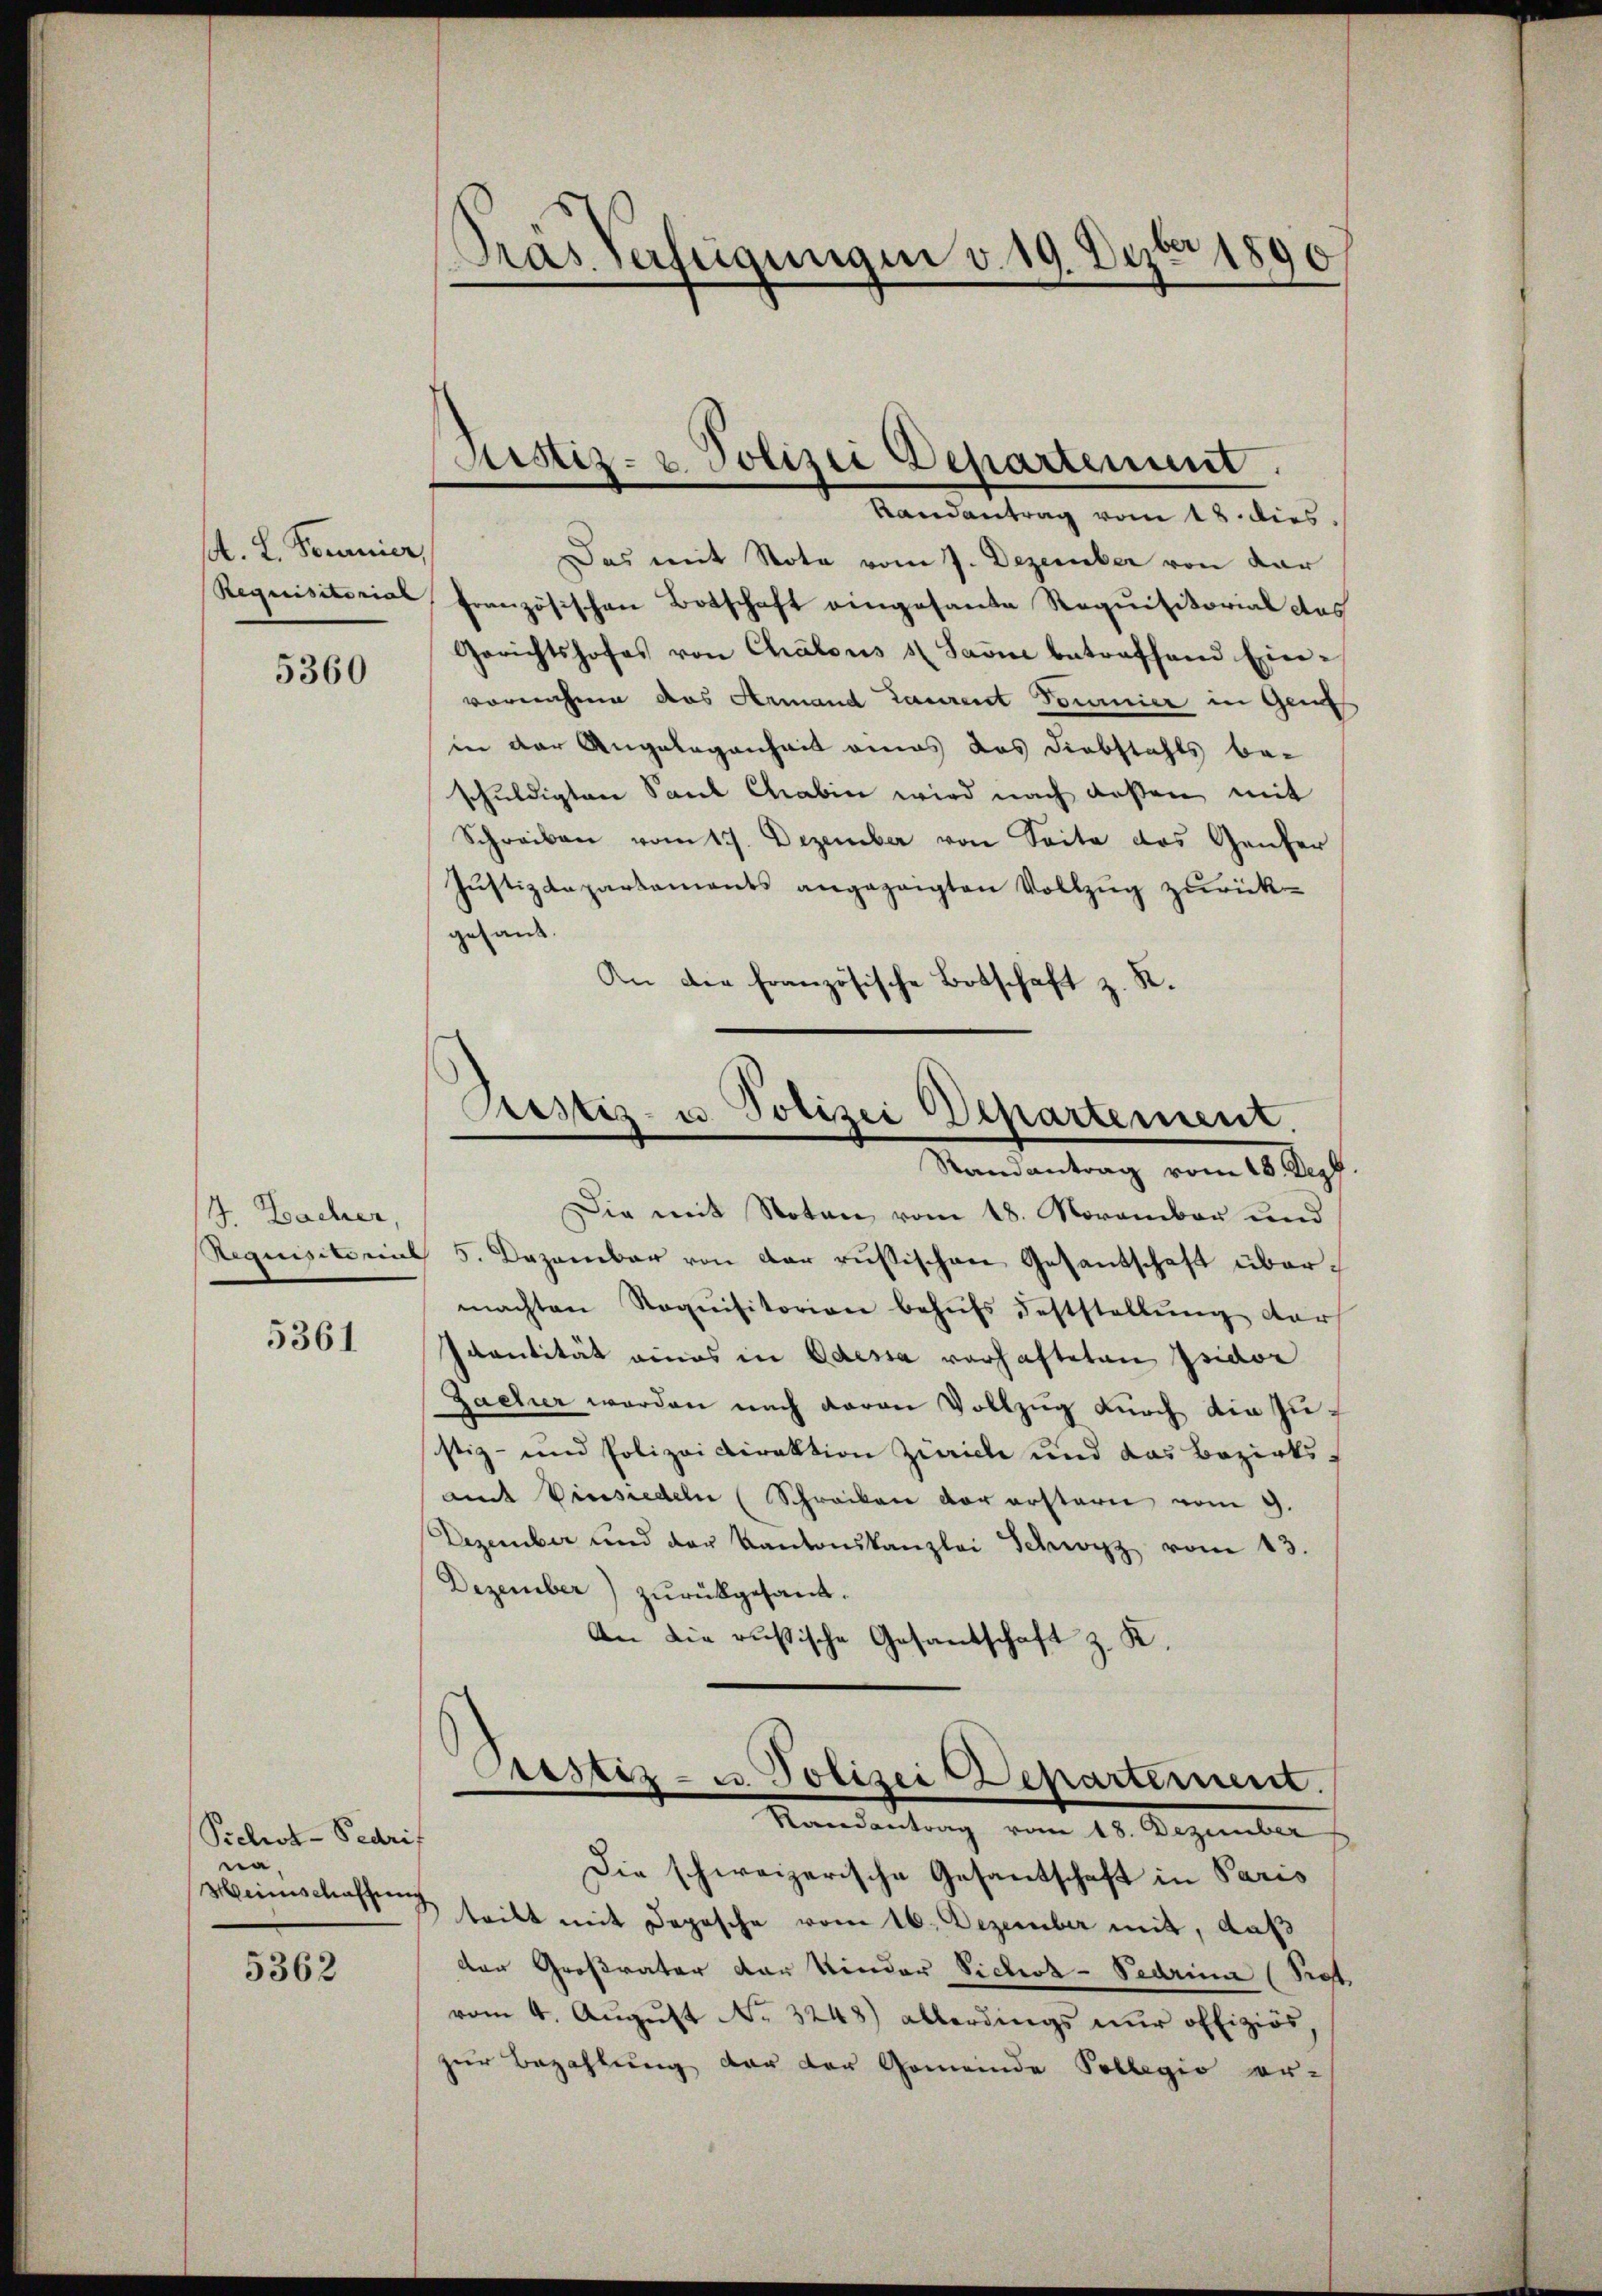
A. L. Fornier,

5360

J. Bacher,

5361

Piclrot-Pegrif
na,
Heinschaffung

5362

Präs. Verfügungen v. 19. Dezbr 1890

Randantrag vom 18. dies
Das mit Nota vom 7. Dezember von dar
Requisitorial, Französischen Botschaft eingesante Requisitorial das
Gerichtshofes von Chalous 1 Sarne betreffend Ein-
vornahme das Armand Laurent Tommier in Gen
in der Angelegenheit eines das Diebstahls be-
schuldigten Sand Chaben wird nach deßen mit
Schreiben vom 17. Dezember von Seite das Genfer
Justizdepartements angezeigten Vollzug zurückgesandt.
An die französische Botschaft z. K.

Justiz- u. Polizei Departement.

Pustiz- u. Polizei Departement.
Randantrag vom 13. De

Die mit Noten vom 18. November und
Requisitorial 5. Dezember von der russischen Gesantschaft übermachten Noquisitorion behŭfs Feststellung darf
Icantität eines in Odessa verhafteten Isidor
Zacher werden nach daran Vollzug durch die zusistiz- und Polizeidirektion Zürich und das Bezirksmit Vinsiedeln (Schracken der erstern vom 9.
Dezember und der Kantonskanzlei Schwyz vom 13.
Dezember) zurückgesant.
An die russische Gesandschaft z. K.

Custiz- u. Polizei Departement.
Randantrag vom 18. Dezember

Die schweizerische Gesandtschaft in Paris
teilt mit Depesche vom 16. Dezember mit, daß
der Großvater der Kinder Sichoz-Pedrina (Prof.
vom 4. Aŭgŭst No. 3248) allerdings nŭr offiziös,
zur Bezahlung der der Gemeinde Pollegio er-